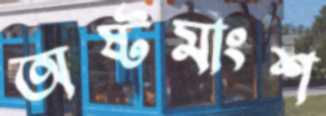
অষ্টমাংশ